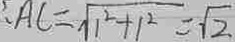
A C = \sqrt { 1 ^ { 2 } + 1 ^ { 2 } } = \sqrt { 2 }